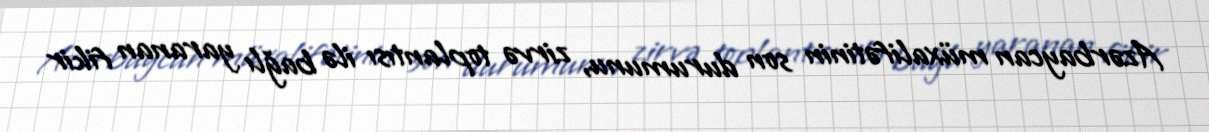
Azərbaycan müxalifətinin son durumunu, zirvə toplantısı ilə bağlı yaranan fikir